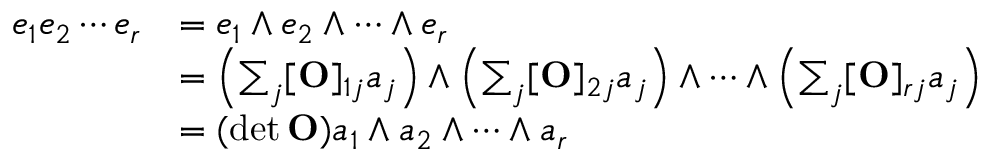
{ \begin{array} { r l } { e _ { 1 } e _ { 2 } \cdots e _ { r } } & { = e _ { 1 } \wedge e _ { 2 } \wedge \cdots \wedge e _ { r } } \\ & { = \left( \sum _ { j } [ \mathbf { O } ] _ { 1 j } a _ { j } \right) \wedge \left( \sum _ { j } [ \mathbf { O } ] _ { 2 j } a _ { j } \right) \wedge \cdots \wedge \left( \sum _ { j } [ \mathbf { O } ] _ { r j } a _ { j } \right) } \\ & { = ( \operatorname* { d e t } \mathbf { O } ) a _ { 1 } \wedge a _ { 2 } \wedge \cdots \wedge a _ { r } } \end{array} }